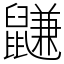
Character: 鼸